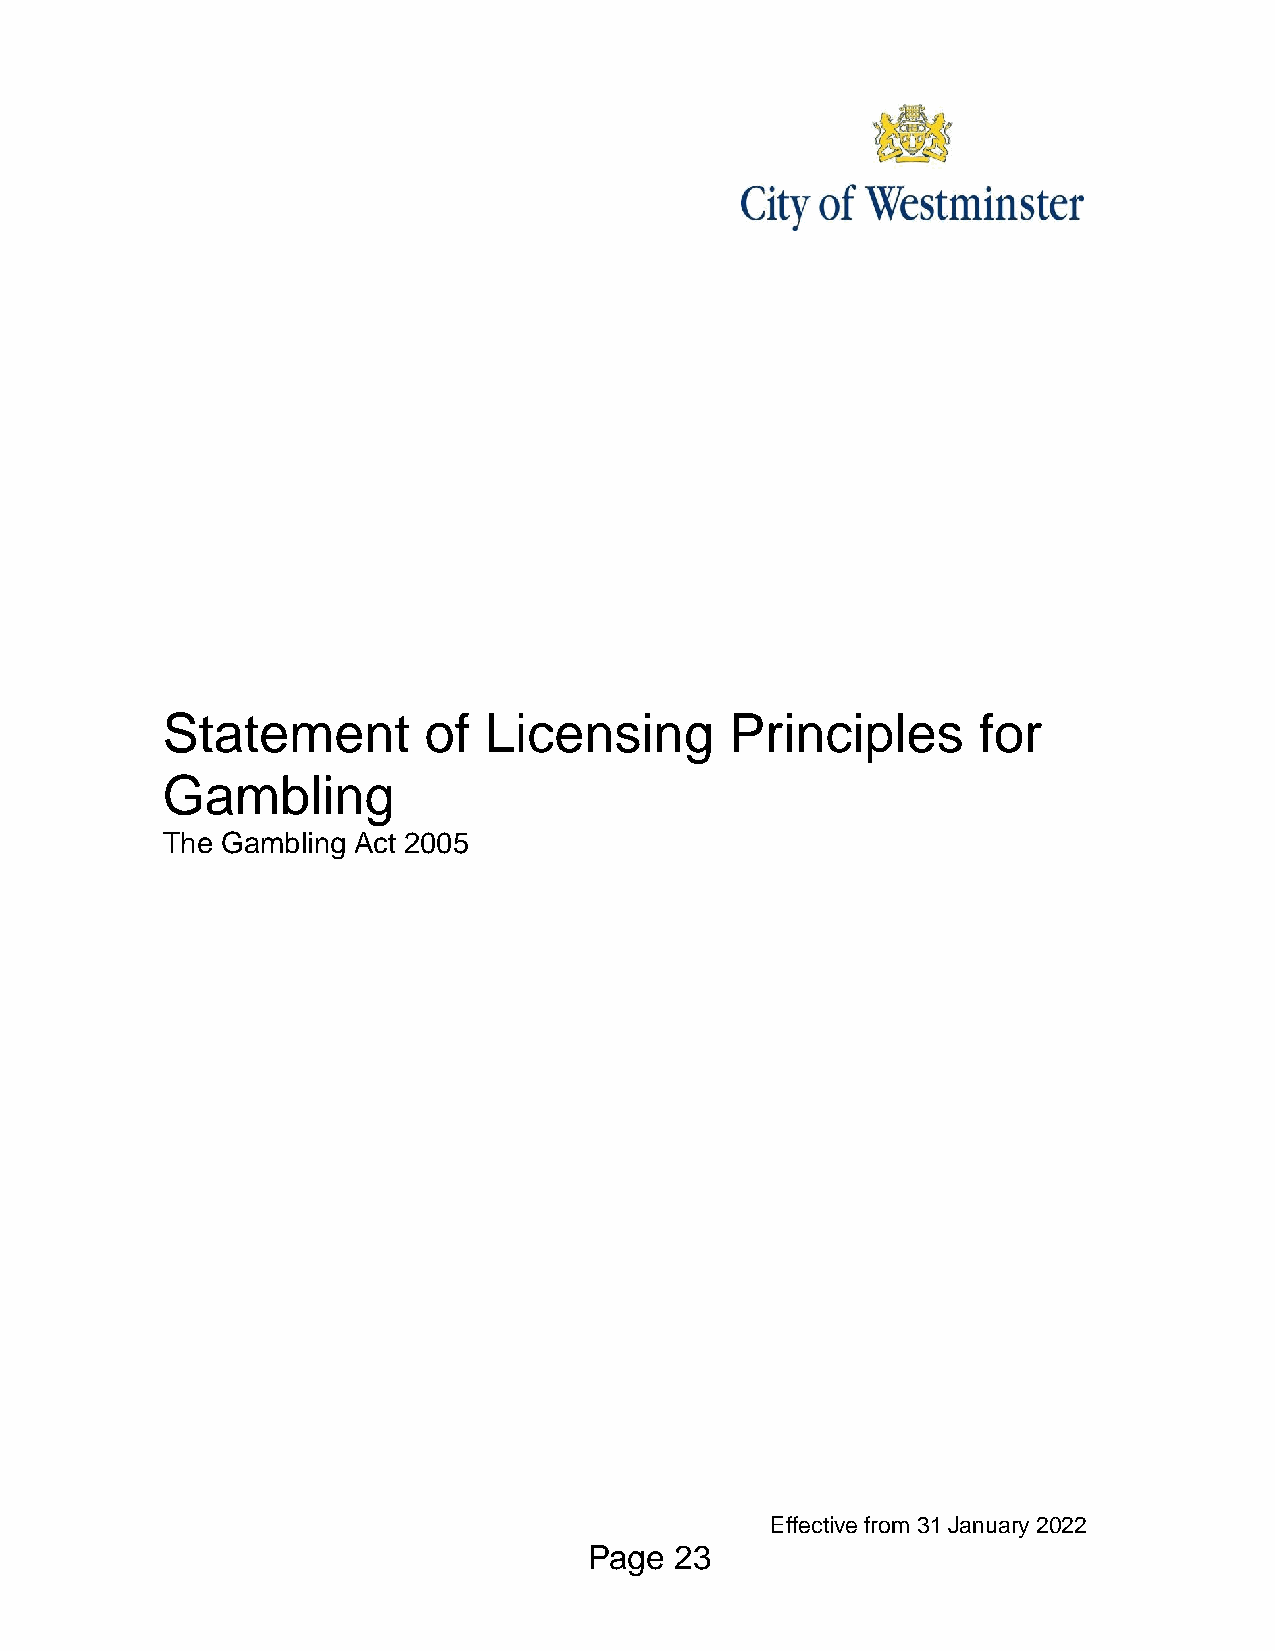
Statement        of  Licensing       Principles       for
 Gambling
 The Gambling Act 2005
 Effective from 31 January 2022
 Page  23